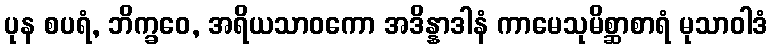
ပုန စပရံ, ဘိက္ခဝေ, အရိယသာဝကော အဒိန္နာဒါနံ ကာမေသုမိစ္ဆာစာရံ မုသာဝါဒံ